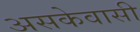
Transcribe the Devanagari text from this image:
असकेवासी